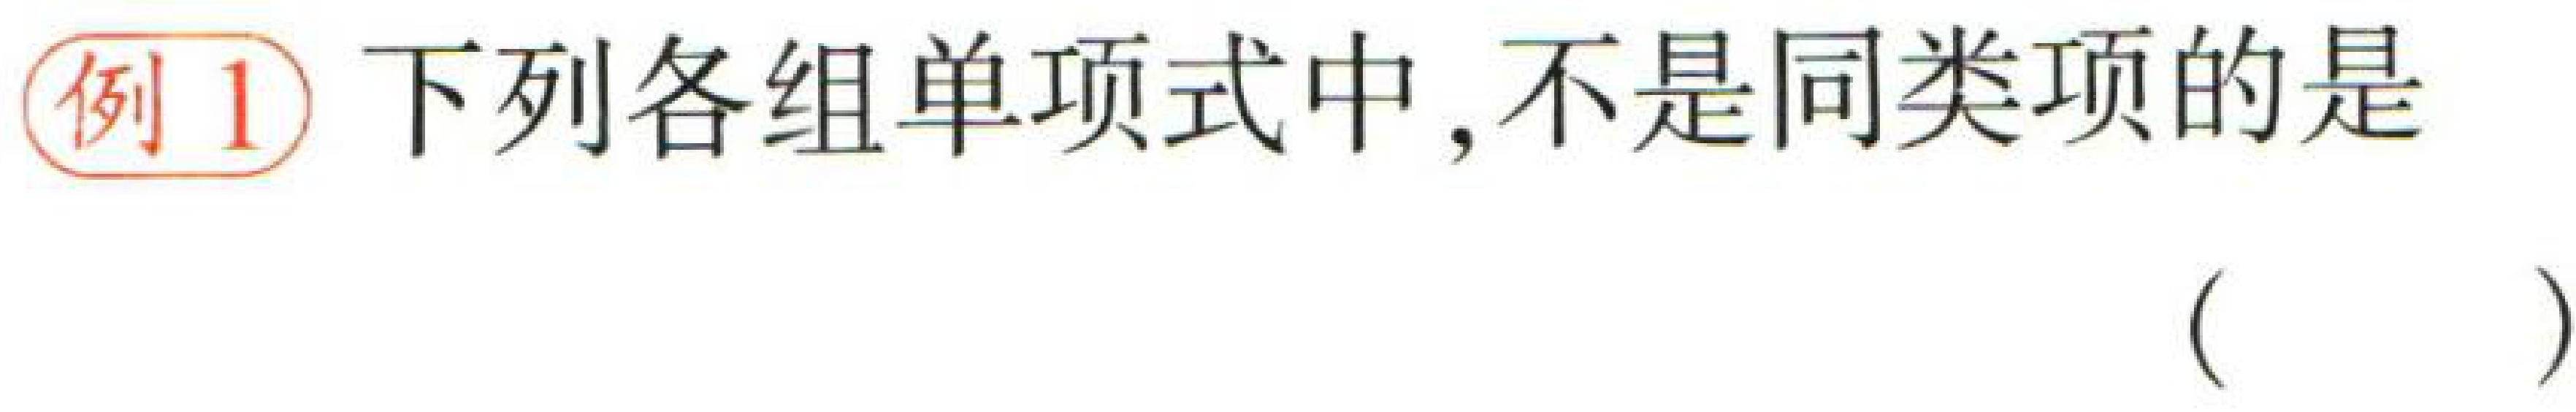
例1 下列各组单项式中,不是同类项的是（  ）